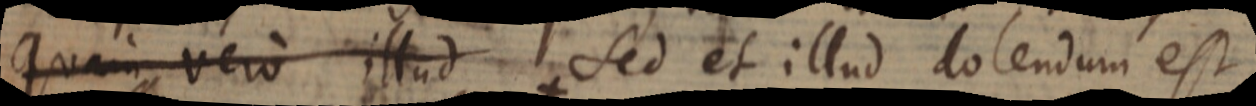
Quam vero illud Sed et illud dolendum est,